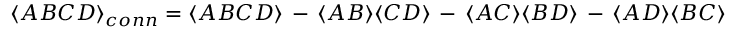
\langle A B C D \rangle _ { c o n n } = \langle A B C D \rangle \, - \, \langle A B \rangle \langle C D \rangle \, - \, \langle A C \rangle \langle B D \rangle \, - \, \langle A D \rangle \langle B C \rangle